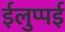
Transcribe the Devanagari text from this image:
ईलुप्पई